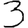
Digit: 3